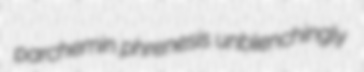
parchemin phrenesis unblenchingly